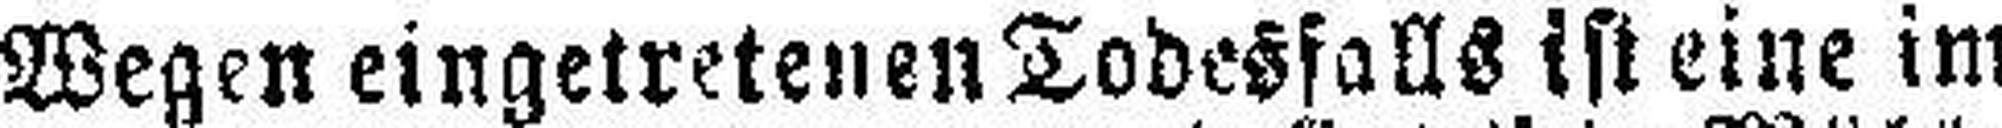
Wegen eingetretenenTodesfalls ist eine im